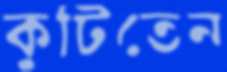
কুটিতেন